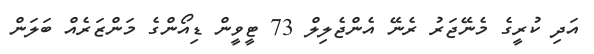
އަދި ކުރީގެ މެނޭޖަރު ރެނޭ އެންޖެލިލް 73 ޓީވީން ޑިއޯންގެ މަންޒަރެއް ބަލަން